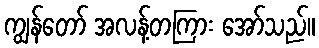
ကျွန်တော် အလန့်တကြား အော်သည်။